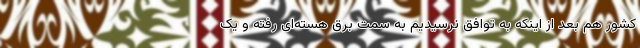
کشور هم بعد از اینکه به توافق نرسیدیم به سمت برق هسته‌ای رفته و یک